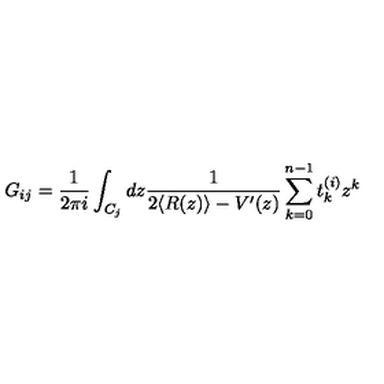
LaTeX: G _ { i j } = \frac { 1 } { 2 \pi i } \int _ { C _ { j } } d z \frac { 1 } { 2 \langle R ( z ) \rangle - V ^ { \prime } ( z ) } \sum _ { k = 0 } ^ { n - 1 } t _ { k } ^ { ( i ) } z ^ { k }